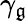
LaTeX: \gamma_{\mathfrak{g}}